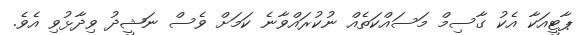
ޕާޓީއަކާ އެކު ގާސިމް މަސައްކަތެއް ނުކުރައްވާނެ ކަމަށް ވެސް ނަޝީދު ވިދާޅުވި އެވެ.